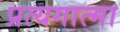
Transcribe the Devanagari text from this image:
प्रत्यगात्मा